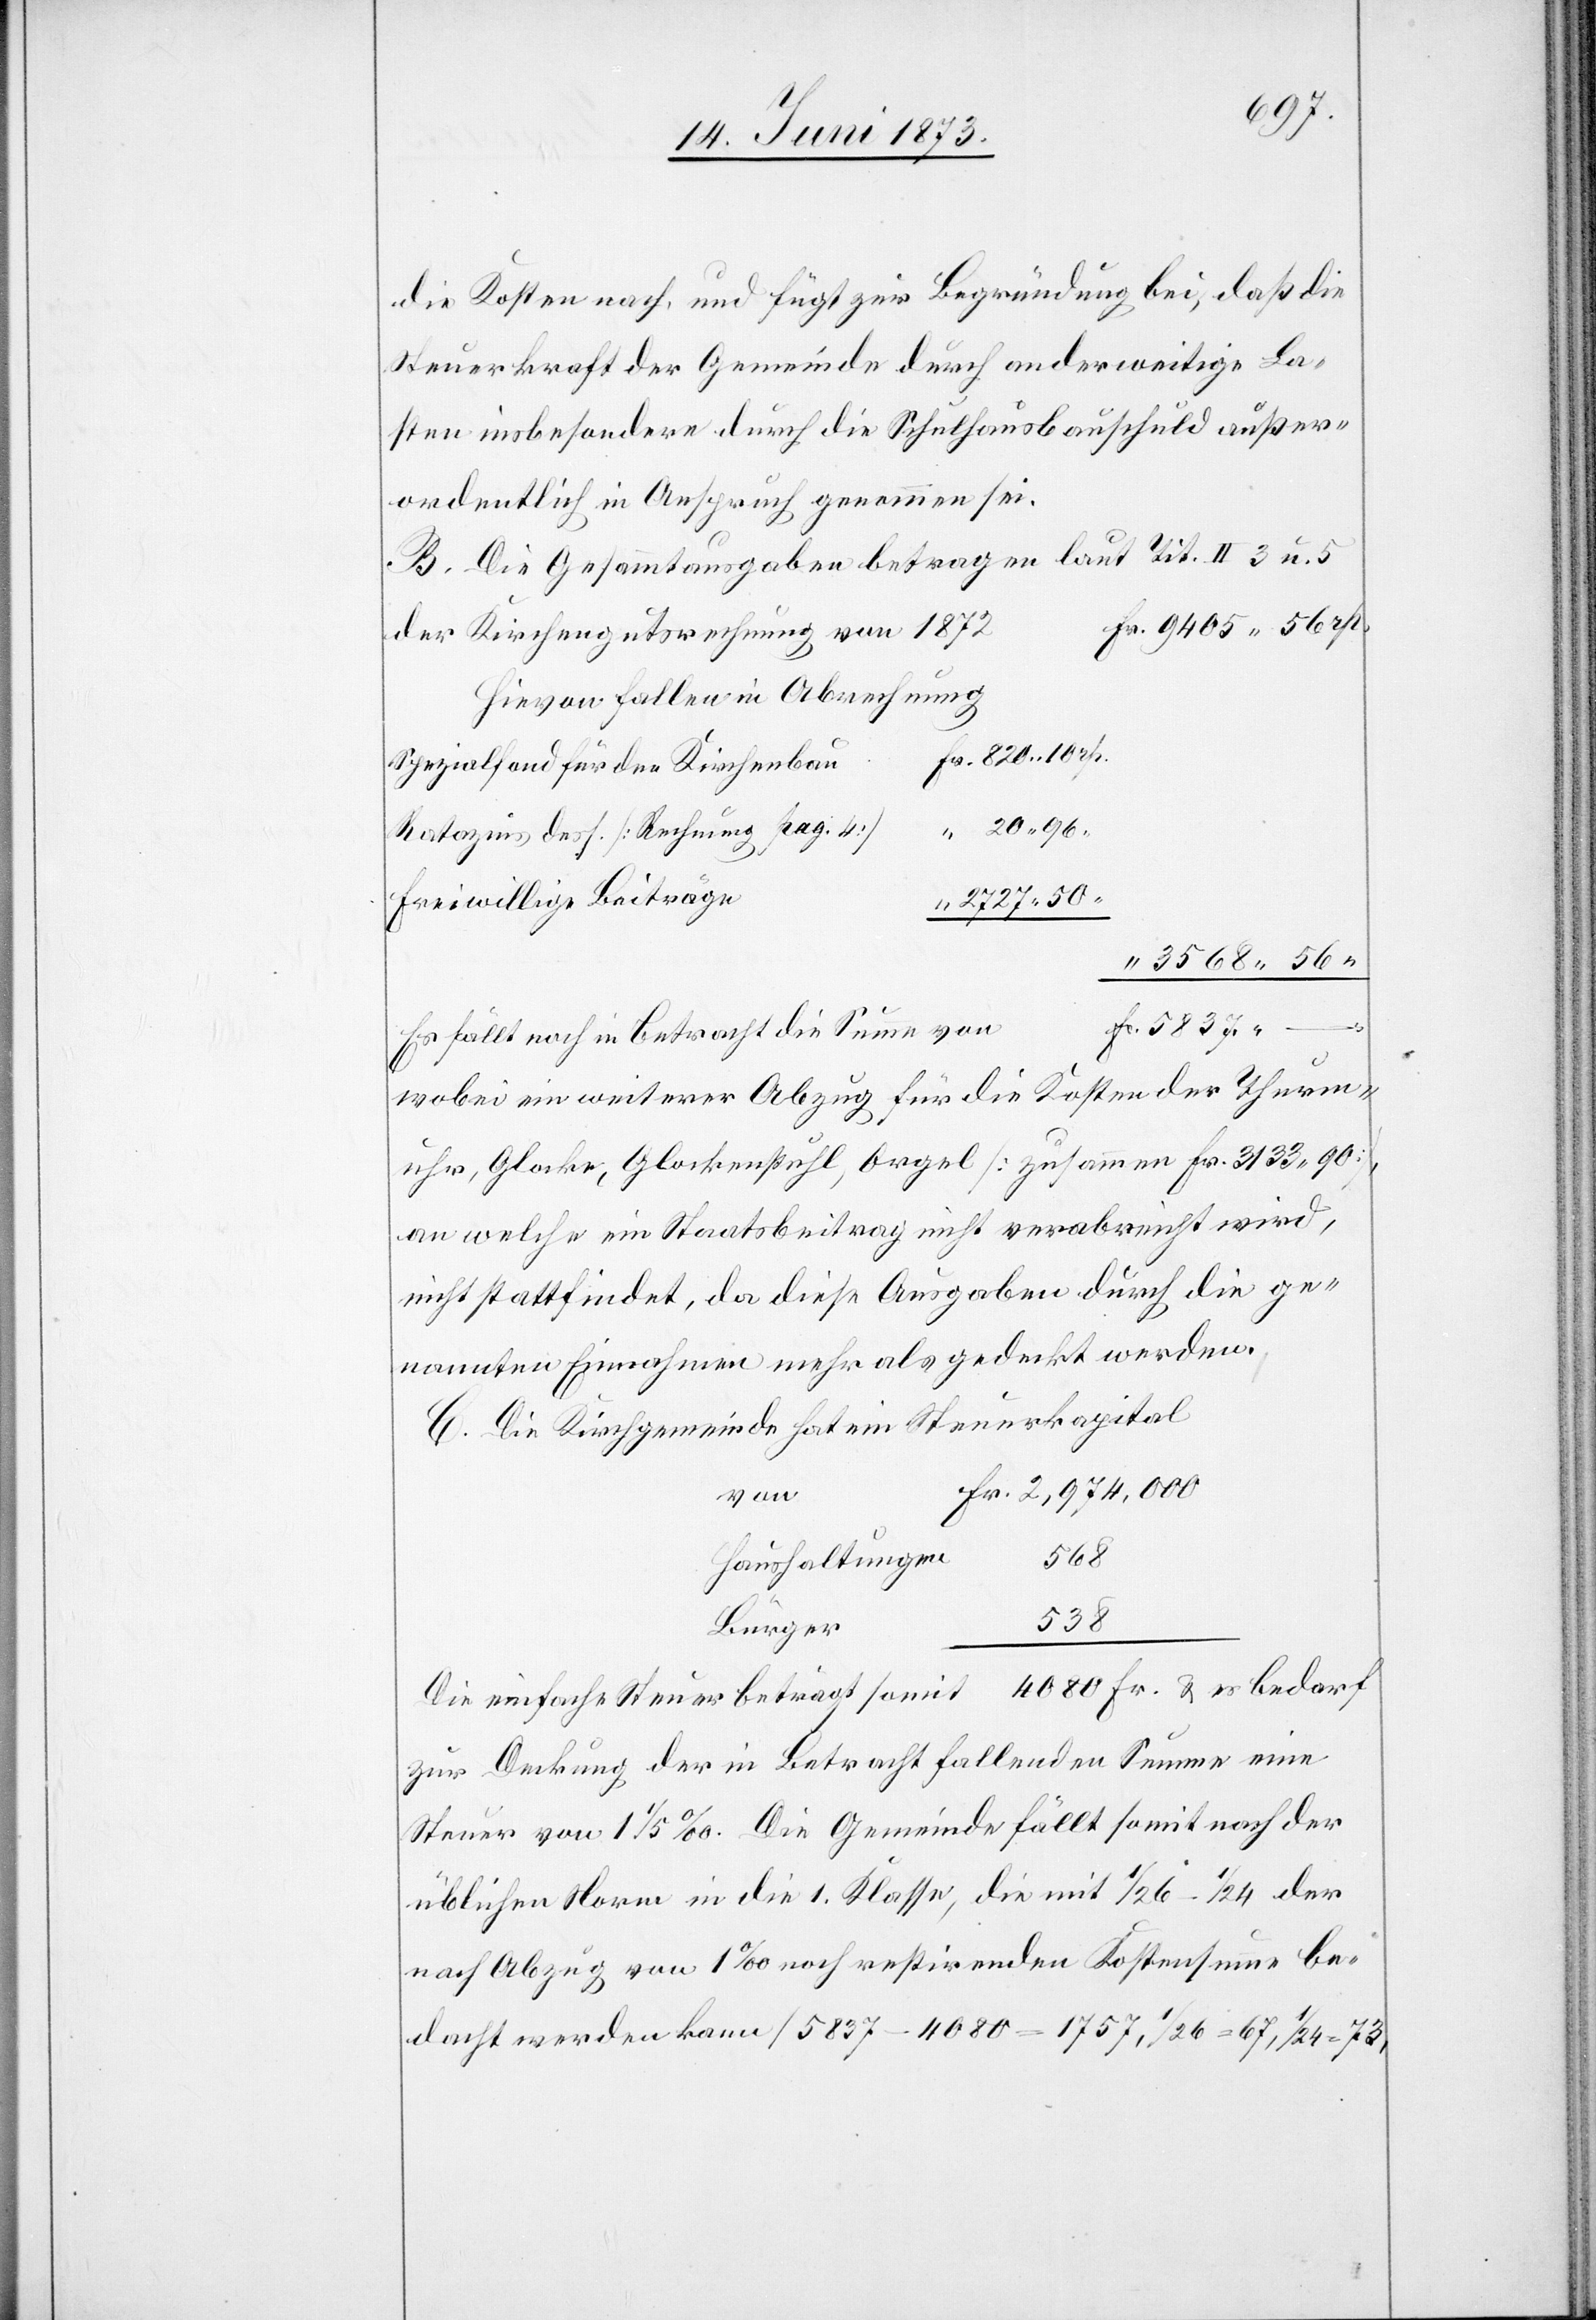
die Kosten nach, und fügt zur Begründung bei, daß die
Steuerkraft der Gemeinde durch anderweitige La¬
sten insbesondere durch die Schulhausbauschuld außer¬
ordentlich in Anspruch genommen sei.
B. Die Gesammtausgaben betragen laut Tit. II 3 u. 5
der Kirchengutsrechnung von 1872
hievon fallen in Abrechnung
Spezialfond für den Kirchenbau
Ratazins dess. [Rechnung pag. 4]
Freiwillige Beiträge
2 727 50
Es fällt noch in Betracht die Summe von
Fr.
wobei ein weiterer Abzug für die Kosten der Thurm¬
uhr, Glocke, Glockenstuhl, Orgel [zusammen Fr. 3 133 90],
an welche ein Staatsbeitrag nicht verabreicht wird,
nicht stattfindet, da diese Ausgaben durch die ge¬
nannten Einnahmen mehr als gedeckt werden.
C. Die Kirchgemeinde hat ein Steuerkapital
568
Haushaltungen
538
Bürger
Die einfache Steuer beträgt somit 4 080 Fr. & es bedarf
zur Deckung der in Betracht fallenden Summe eine
Steuer von 1 1/5‰. Die Gemeinde fällt somit nach der
üblichen Norm in die 1. Klasse, die mit 1/26–1/24 der
nach Abzug von 1‰ noch restirenden Kostensumme be¬
dacht werden kann [5 837 – 4 080 = 1 757, 1/26 = 67, 1/24 = 73,